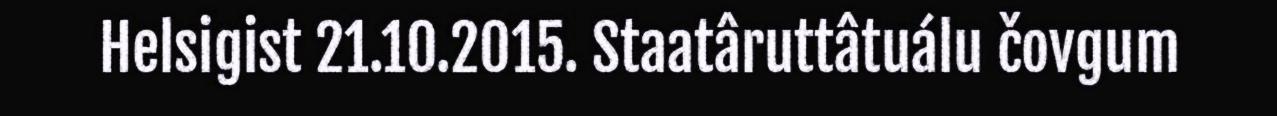
Helsigist 21.10.2015. Staatâruttâtuálu čovgum